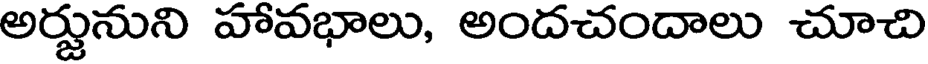
అర్జునుని హావభాలు, అందచందాలు చూచి